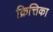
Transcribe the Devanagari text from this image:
क्रित्तिका